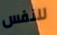
للنفس